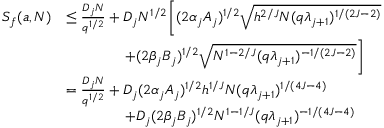
\begin{array} { r l } { S _ { f } ( a , N ) } & { \le \frac { D _ { j } N } { q ^ { 1 / 2 } } + D _ { j } N ^ { 1 / 2 } \Bigg [ ( 2 \alpha _ { j } A _ { j } ) ^ { 1 / 2 } \sqrt { h ^ { 2 / J } N ( q \lambda _ { j + 1 } ) ^ { 1 / ( 2 J - 2 ) } } } \\ & { \qquad \qquad + ( 2 \beta _ { j } B _ { j } ) ^ { 1 / 2 } \sqrt { N ^ { 1 - 2 / J } ( q \lambda _ { j + 1 } ) ^ { - 1 / ( 2 J - 2 ) } } \Bigg ] } \\ & { = \frac { D _ { j } N } { q ^ { 1 / 2 } } + D _ { j } ( 2 \alpha _ { j } A _ { j } ) ^ { 1 / 2 } h ^ { 1 / J } N ( q \lambda _ { j + 1 } ) ^ { 1 / ( 4 J - 4 ) } } \\ & { \qquad \qquad + D _ { j } ( 2 \beta _ { j } B _ { j } ) ^ { 1 / 2 } N ^ { 1 - 1 / J } ( q \lambda _ { j + 1 } ) ^ { - 1 / ( 4 J - 4 ) } } \end{array}